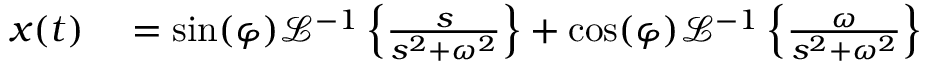
\begin{array} { r l } { x ( t ) } & { { } = \sin ( \varphi ) { \mathcal { L } } ^ { - 1 } \left\{ { \frac { s } { s ^ { 2 } + \omega ^ { 2 } } } \right\} + \cos ( \varphi ) { \mathcal { L } } ^ { - 1 } \left\{ { \frac { \omega } { s ^ { 2 } + \omega ^ { 2 } } } \right\} } \end{array}